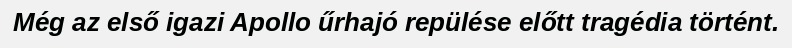
Még az első igazi Apollo űrhajó repülése előtt tragédia történt.